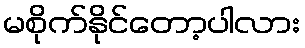
မစိုက်နိုင်တော့ပါလား